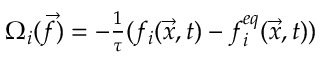
\begin{array} { r } { \Omega _ { i } ( \Vec { f } ) = - \frac { 1 } { \tau } ( f _ { i } ( \Vec { x } , t ) - f _ { i } ^ { e q } ( \Vec { x } , t ) ) } \end{array}